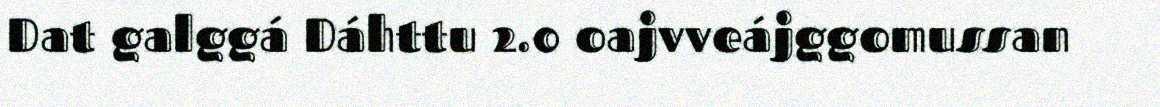
Dat galggá Dáhttu 2.0 oajvveájggomussan